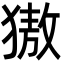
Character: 獓